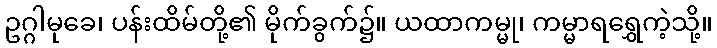
ဥဂ္ဂါမုခေ၊ ပန်းထိမ်တို့၏ မိုက်ခွက်၌။ ယထာကမ္မု၊ ကမ္မာရရွှေကဲ့သို့။